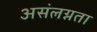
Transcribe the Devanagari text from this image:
असंलग्नता